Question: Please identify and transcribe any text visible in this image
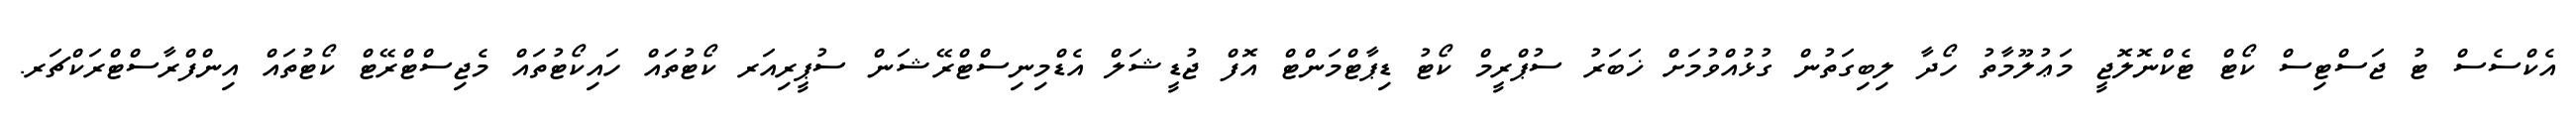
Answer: އެކްސެސް ޓު ޖަސްޓިސް ކޯޓް ޓެކްނޮލޮޖީ މަޢުލޫމާތު ހޯދާ ލިބިގަތުން ގުޅުއްވުމަށް ޚަބަރު ސުޕްރީމް ކޯޓު ޑިޕާޓްމަންޓް އޮފް ޖުޑީޝަލް އެޑްމިނިސްޓްރޭޝަން ސުޕީރިއަރ ކޯޓުތައް ހައިކޯޓުތައް މެޖިސްޓްރޭޓް ކޯޓުތައް އިންފްރާސްޓްރަކްޗަރ.